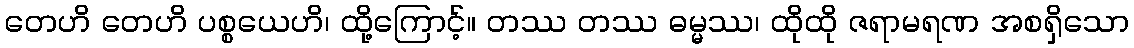
တေဟိ တေဟိ ပစ္စယေဟိ၊ ထို့ကြောင့်။ တဿ တဿ ဓမ္မဿ၊ ထိုထို ဇရာမရဏ အစရှိသော